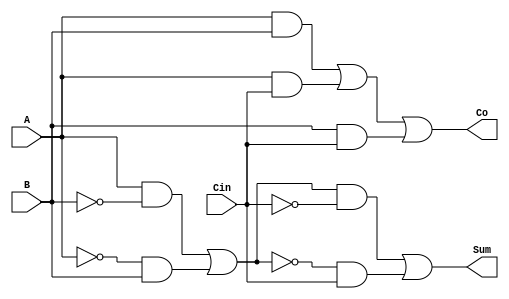
`timescale 1ns / 1ps
module FullAdder(
input A,
input B,
input Cin,
output Sum,
output Co
);

assign Sum = (((A & (~B)) | ((~A) & B)) & (~Cin)) |
(~(((A & (~B)) | ((~A) & B))) & (Cin));
assign Co = (A & B) | (A & Cin) | (B & Cin);

endmodule